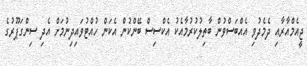
ޖީއެމްއާރާއި ދެމެދުވި އެއްބަސްވުން ބާތިލުކުރުމާއެކު އެކްސިސް ބޭންކުން އެކަން ހުއްޓުވައިދިނުމަށް އެދި ސިންގަޕޫރުގެ